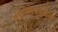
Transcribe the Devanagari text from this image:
प्रतिमेपर्यंत